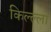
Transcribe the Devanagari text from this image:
किल्ल्‍ला